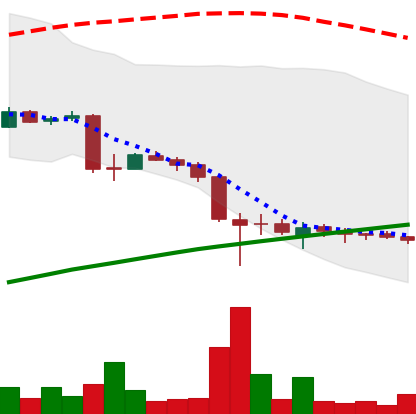
Ticker: LTC-USD
Chart end date: 2015-09-02
Forward return: 8.959%
Label: up_7plus